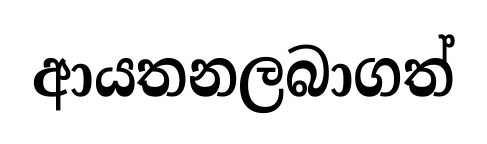
ආයතනලබාගත්